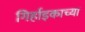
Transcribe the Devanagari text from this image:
गिर्हाइकाच्या